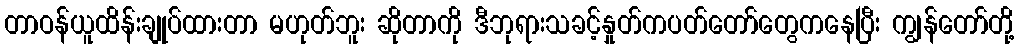
တာဝန်ယူထိန်းချုပ်ထားတာ မဟုတ်ဘူး ဆိုတာကို ဒီဘုရားသခင့်နှုတ်ကပတ်တော်တွေကနေပြီး ကျွန်တော်တို့